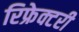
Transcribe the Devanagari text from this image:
रिफ्रेक्टरी